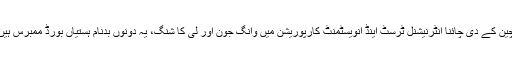
چین کے دی چائنا انٹرنیشنل ٹرسٹ اینڈ انویسٹمنٹ کارپوریشن میں وانگ جون اور لی کا شنگ، یہ دونوں بدنام ہستیاں بورڈ ممبرس ہیں۔